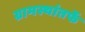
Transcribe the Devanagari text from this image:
ग्रामस्थांतर्फे